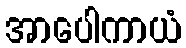
အာပေါကာယံ